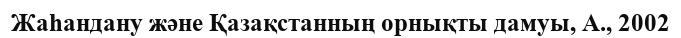
Жаһандану және Қазақстанның орнықты дамуы, А., 2002